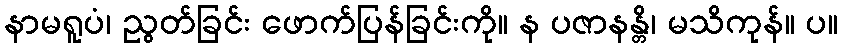
နာမရူပံ၊ ညွတ်ခြင်း ဖောက်ပြန်ခြင်းကို။ န ပဇာနန္တိ၊ မသိကုန်။ ပ။